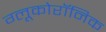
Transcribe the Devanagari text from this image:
ग्लूकोरॉनिक